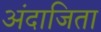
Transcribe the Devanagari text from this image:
अंदाजिता